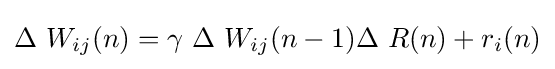
\Delta \ W_{ij}(n)=\gamma \ \Delta \ W_{ij}(n-1)\Delta \ R(n)+r_{i}(n)